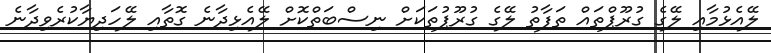
ލޭއެޅުމާއި ލޭގެ ގުރޫޕްތައް ތަފާތު ލޭގެ ގުރޫޕުތަކަށް ނިސްބަތްކޮށް ލޭއެޅިދާނެ ގޮތާއި ލޭހަދިޔާކުރެވިދާނެ